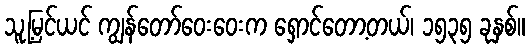
သူ့မြင်ယင် ကျွန်တော်ဝေးဝေးက ရှောင်တော့တယ်၊ ၁၅၃၅ ခုနှစ်။